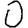
Digit: 0